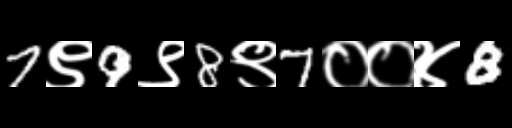
Text: 7९9९8९7००४8